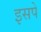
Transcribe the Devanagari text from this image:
इसपे